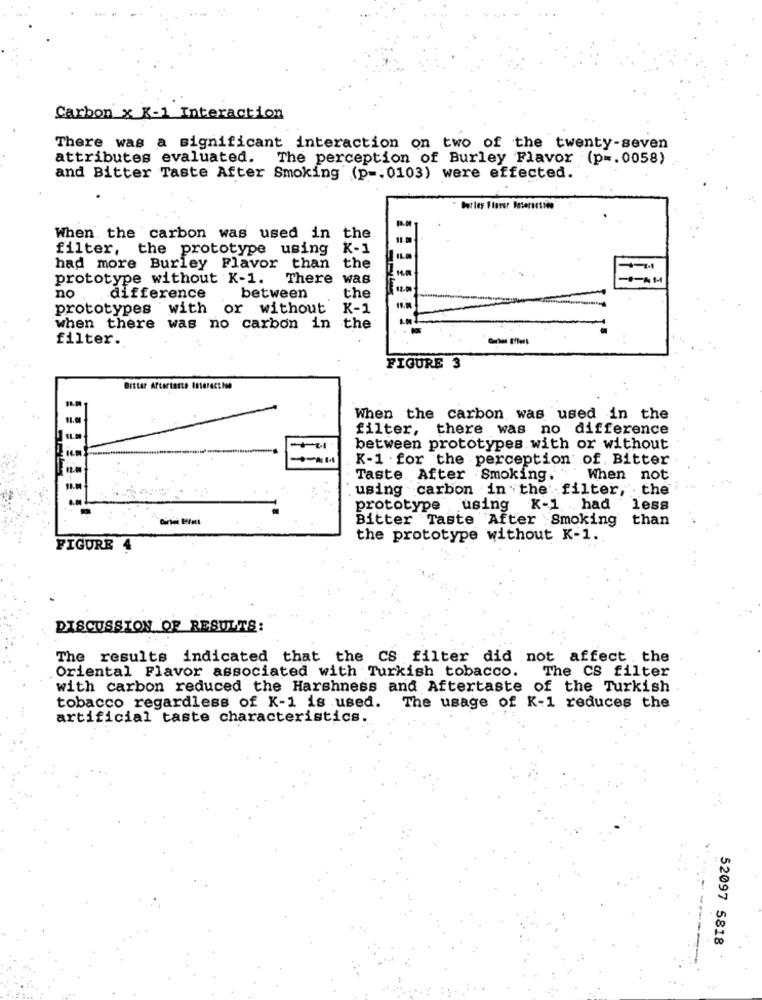
Carbon x K-1 Interaction
There was a significant interaction on two of the twenty-seven
attributes evaluated. The perception of Burley Flavor (p =. 0058)
and Bitter Taste After Smoking (p -: 0103) were effected.
barley Flavor Interessen
When the carbon was used in the
filter, the prototype using K-1
had more Burley Flavor than the
prototype without K-1. There was
no
difference
between
the
prototypes with or without K-1
when there was no carbon in the
filter.
FIGURE 3
Bitter Aftertaste Interact he
When the carbon was used in the
filter, there was no difference
between prototypes with or without
K-1 . for the perception of, Bitter
Taste After Smoking. '
When not
using carbon in the filter, the
prototype using K-1 had
less
Bitter Taste After Smoking
than
the prototype without K-1.
FIGURE 4
DISCUSSION OF RESULTS:
The results indicated that the CS filter did not affect the
Oriental Flavor associated with Turkish tobacco. The CS filter
with carbon reduced the Harshness and Aftertaste of the Turkish
tobacco regardless of K-1 is used. The usage of K-1 reduces the
artificial taste characteristics.
52097 5818